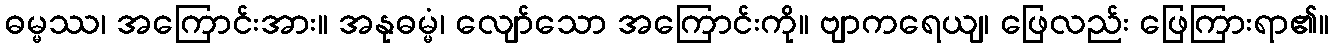
ဓမ္မဿ၊ အကြောင်းအား။ အနုဓမ္မံ၊ လျော်သော အကြောင်းကို။ ဗျာကရေယျ၊ ဖြေလည်း ဖြေကြားရာ၏။